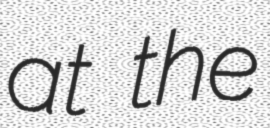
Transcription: at the